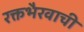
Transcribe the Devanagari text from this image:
रक्तभैरवाची